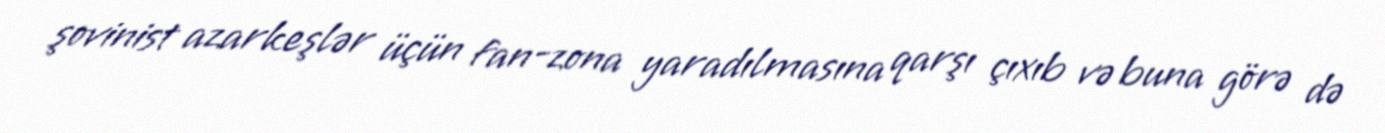
şovinist azarkeşlər üçün fan-zona yaradılmasına qarşı çıxıb və buna görə də